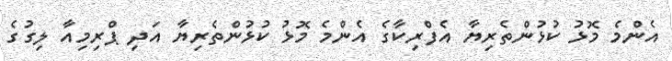
އެންމެ މޮޅު ކުޅުންތެރިޔާ އެފްރިކާގެ އެންމެ މޮޅު ކުޅުންތެރިޔާ އަދި ޕްރިމިއާ ލިގުގެ